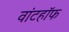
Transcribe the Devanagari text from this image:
वांटहॉफ